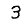
Digit: 3